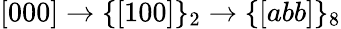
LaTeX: [000]\rightarrow\{ [100]\} _{2}\rightarrow\{ [abb]\} _{8}